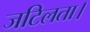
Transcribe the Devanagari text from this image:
जटिलता।